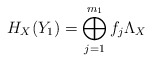
\begin{align*}H_{X}(Y_{1})=\bigoplus_{j=1}^{m_{1}}f_{j} \Lambda_{X}\end{align*}